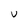
Character: u